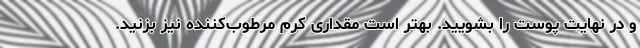
و در نهایت پوست را بشویید. بهتر است مقداری کرم مرطوب‌کننده نیز بزنید.